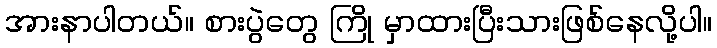
အားနာပါတယ်။ စားပွဲတွေ ကြို မှာထားပြီးသားဖြစ်နေလို့ပါ။